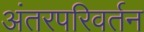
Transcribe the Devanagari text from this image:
अंतरपरिवर्तन